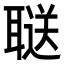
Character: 𬚥